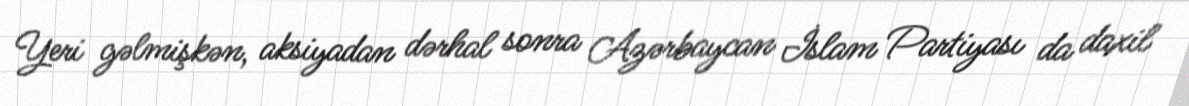
Yeri gəlmişkən, aksiyadan dərhal sonra Azərbaycan İslam Partiyası da daxil